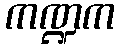
ကဏ္ဍက